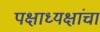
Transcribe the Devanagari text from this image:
पक्षाध्यक्षांचा